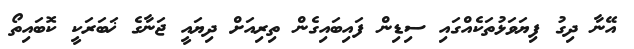
އޭނާ ދިގު ފިޔަވަޅުތަކެއްގައި ސިޑިން ފައިބައިގެން ތިރިއަށް ދިޔައީ ޖަނާގެ ޚަބަރަކީ ކޮބައިތޯ